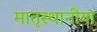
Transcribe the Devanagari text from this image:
मातृस्थानीया